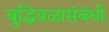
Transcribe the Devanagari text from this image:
बुद्धिबळासंबंधी